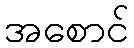
အစောင်